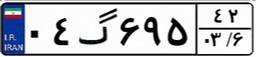
۰۴گ۶۹۵۴۲